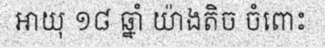
អាយុ ១៨ ឆ្នាំ យ៉ាងតិច ចំពោះ